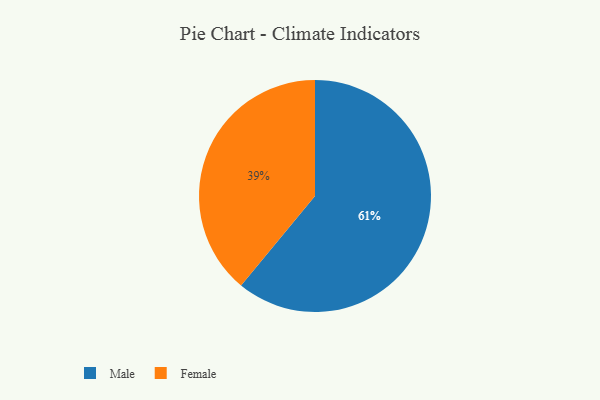
{"axis": {"x": "Category", "y": "Percentage"}, "legend": ["Female", "Male"], "data": [{"x": "Female", "y": 39, "type": "Female"}, {"x": "Male", "y": 61, "type": "Male"}]}